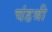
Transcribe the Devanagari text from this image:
चंडश्री